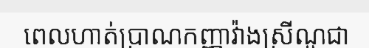
ពេលហាត់ប្រាណកញ្ញាវ៉ាងស្រីណូជា